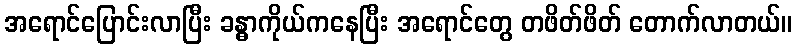
အရောင်ပြောင်းလာပြီး ခန္ဓာကိုယ်ကနေပြီး အရောင်တွေ တဖိတ်ဖိတ် တောက်လာတယ်။